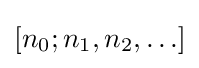
\left[n_{0};n_{1},n_{2},\ldots \right]